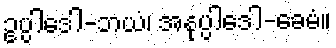
ဥပ္ပါဒေါ-ဘယံ၊ အနုပ္ပါဒေါ-ခေမံ။